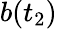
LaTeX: b(t_{2})